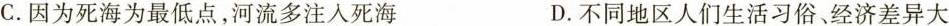
C.因为死海为最低点，河流多注入死海 D.不同地区人们生活习俗、经济差异大